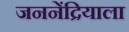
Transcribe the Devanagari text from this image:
जननेंद्रियाला